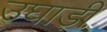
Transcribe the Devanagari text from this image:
उघाड़ी